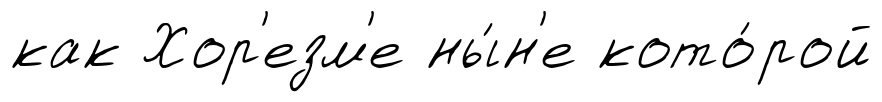
как Хор'езм'е ны́н'е кото́рой